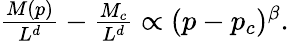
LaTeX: \begin{array}{r}{\frac{M(p)}{L^{d}}-\frac{M_{c}}{L^{d}}\propto(p-p_{c})^{\beta}.}\end{array}